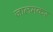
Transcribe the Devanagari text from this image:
जालमकर